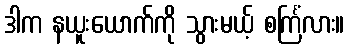
ဒါက နယူးယောက်ကို သွားမယ့် စင်္ကြံလား။